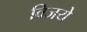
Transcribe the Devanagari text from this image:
विजये